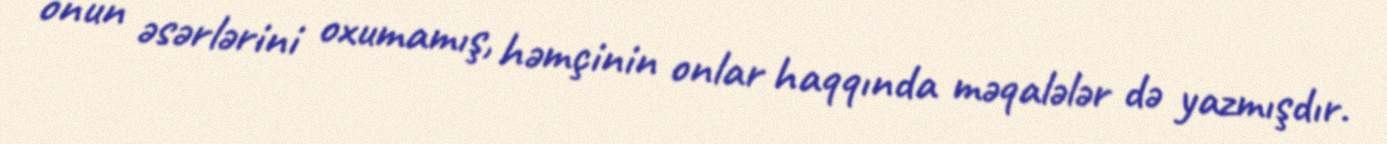
onun əsərlərini oxumamış, həmçinin onlar haqqında məqalələr də yazmışdır.